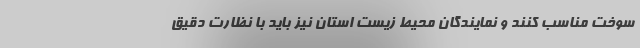
سوخت مناسب کنند و نمایندگان محیط زیست استان نیز باید با نظارت دقیق